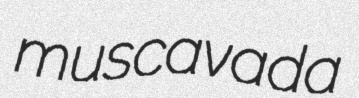
muscavada